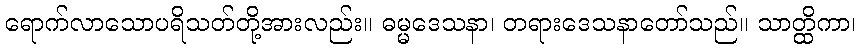
ရောက်လာသောပရိသတ်တို့အားလည်း။ ဓမ္မဒေသနာ၊ တရားဒေသနာတော်သည်။ သာတ္ထိကာ၊